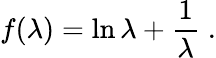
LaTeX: f(\lambda)=\ln\lambda+\frac 1\lambda\; .